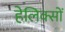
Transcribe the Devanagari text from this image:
हेलिक्सों